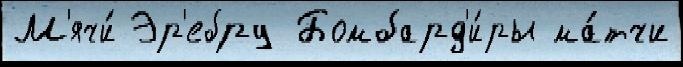
М'ячи́ Эр'ебру Бомбард'и́ры ма́тчи